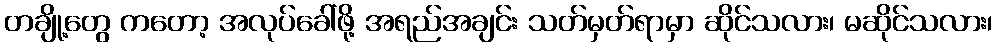
တချို့တွေ ကတော့ အလုပ်ခေါ်ဖို့ အရည်အချင်း သတ်မှတ်ရာမှာ ဆိုင်သလား၊ မဆိုင်သလား၊